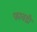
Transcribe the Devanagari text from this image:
फावडी